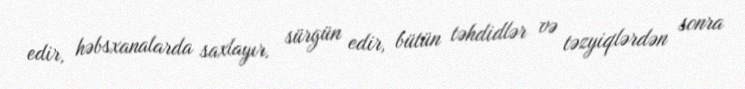
edir, həbsxanalarda saxlayır, sürgün edir, bütün təhdidlər və təzyiqlərdən sonra